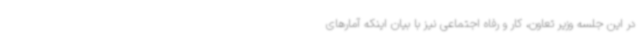
در این جلسه وزیر تعاون، کار و رفاه اجتماعی نیز با بیان اینکه آمارهای